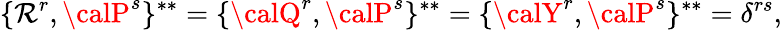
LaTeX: \{ {\cal\mathcal{R}}^{r},{\calP}^{s}\} ^{**}=\{ {\calQ}^{r},{\calP}^{s}\} ^{**}=\{ {\calY}^{r},{\calP}^{s}\} ^{**}=\delta^{rs},